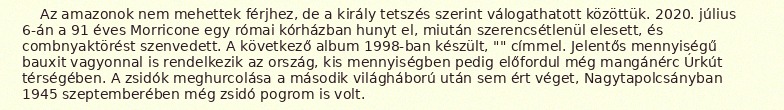
Az amazonok nem mehettek férjhez, de a király tetszés szerint válogathatott közöttük. 2020. július 6-án a 91 éves Morricone egy római kórházban hunyt el, miután szerencsétlenül elesett, és combnyaktörést szenvedett. A következő album 1998-ban készült, "" címmel. Jelentős mennyiségű bauxit vagyonnal is rendelkezik az ország, kis mennyiségben pedig előfordul még mangánérc Úrkút térségében. A zsidók meghurcolása a második világháború után sem ért véget, Nagytapolcsányban 1945 szeptemberében még zsidó pogrom is volt.